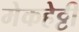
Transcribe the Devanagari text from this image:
मेकहेट्टी